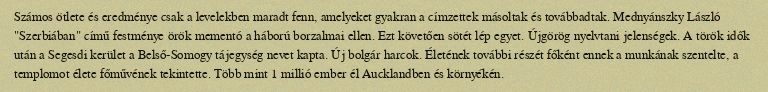
Számos ötlete és eredménye csak a levelekben maradt fenn, amelyeket gyakran a címzettek másoltak és továbbadtak. Mednyánszky László "Szerbiában" című festménye örök mementó a háború borzalmai ellen. Ezt követően sötét lép egyet. Újgörög nyelvtani jelenségek. A török idők után a Segesdi kerület a Belső-Somogy tájegység nevet kapta. Új bolgár harcok. Életének további részét főként ennek a munkának szentelte, a templomot élete főművének tekintette. Több mint 1 millió ember él Aucklandben és környékén.